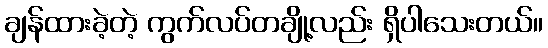
ချန်ထားခဲ့တဲ့ ကွက်လပ်တချို့လည်း ရှိပါသေးတယ်။